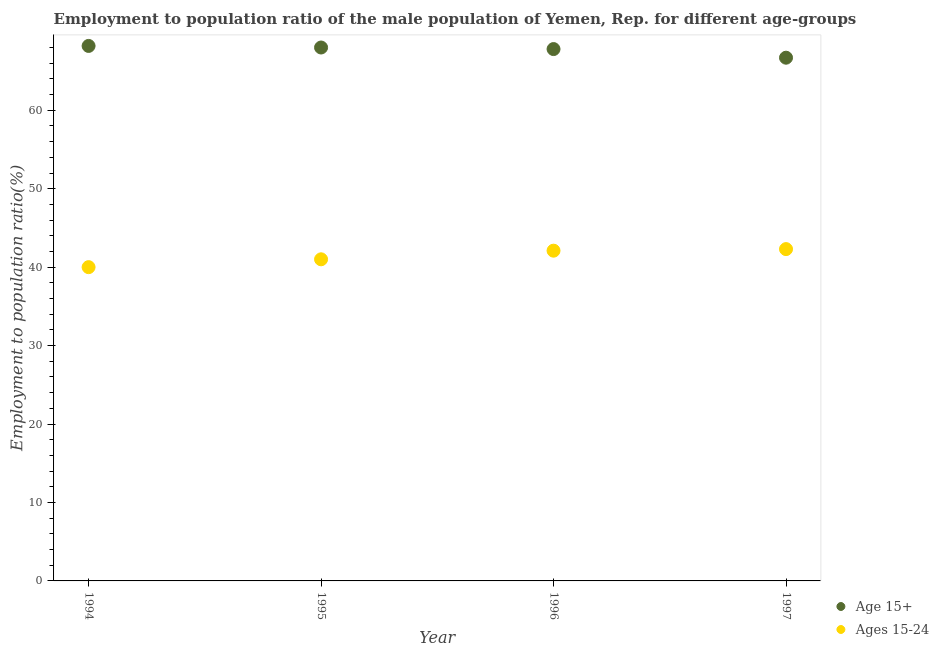
| Year | Age 15+ | Ages 15-24 |
 | --- | --- | --- |
 | 1994 | 68.2 | 40 |
 | 1995 | 68 | 41 |
 | 1996 | 67.8 | 42.1 |
 | 1997 | 66.7 | 42.3 |